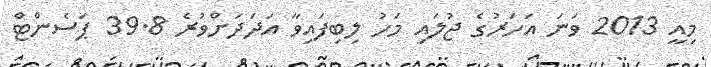
މިއީ 2013 ވަނަ އަހަރުގެ ޖުލައި މަހު ލިބިފައިވާ އަދަދަށްވުރެ 39.8 ޕަސެންޓް